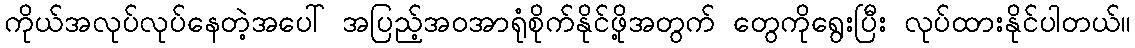
ကိုယ်အလုပ်လုပ်နေတဲ့အပေါ် အပြည့်အဝအာရုံစိုက်နိုင်ဖို့အတွက် တွေကိုရွေးပြီး လုပ်ထားနိုင်ပါတယ်။